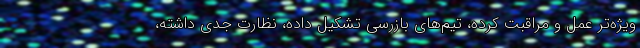
ویژه‌تر عمل و مراقبت کرده، تیم‌های بازرسی تشکیل داده، نظارت جدی داشته،